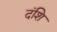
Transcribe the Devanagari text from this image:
दंशि